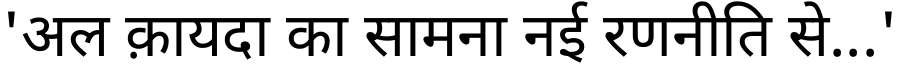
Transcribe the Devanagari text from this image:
'अल क़ायदा का सामना नई रणनीति से...'